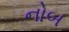
નોબ